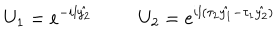
U _ { 1 } = e ^ { - i l \hat { y _ { 2 } } } ~ U _ { 2 } = e ^ { i l ( \tau _ { 2 } \hat { y _ { 1 } } - \tau _ { 1 } \hat { y _ { 2 } } ) }